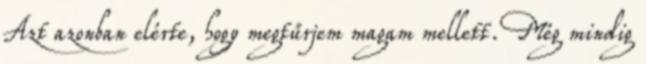
Azt azonban elérte, hogy megtűrjem magam mellett. Még mindig